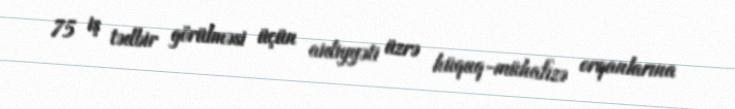
75 iş tədbir görülməsi üçün aidiyyəti üzrə hüquq-mühafizə orqanlarına